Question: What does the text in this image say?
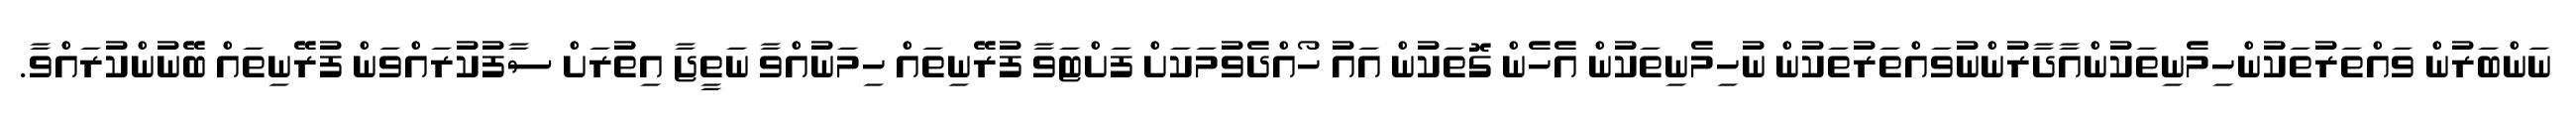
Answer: ނަންބަރުން ވައްތަރުތަކުންހިމެނިތަކުންއާދާރުންނުވައްތަރުތަކުން ނުހިމެނިތަކުން އެހެން ގޮތަކުން އައު ހޯއްދެވުމަކަށް ފަށްޓަވާ ފުރޭނިތައް ހިމަނުއްވާ ނަތީޖާ އިތުރަށް ސާފުކުރައްވަން ފުރޭނިތައް ބޭނުންކުރައްވާ.